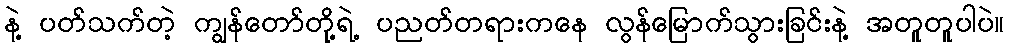
နဲ့ ပတ်သက်တဲ့ ကျွန်တော်တို့ရဲ့ ပညတ်တရားကနေ လွန်မြောက်သွားခြင်းနဲ့ အတူတူပါပဲ။